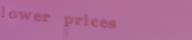
lower prices